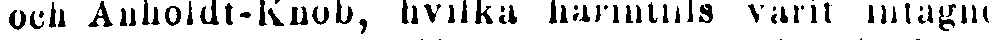
och Anholdt-Knob, hvilka härintills varit intagne